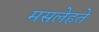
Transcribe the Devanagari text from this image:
मसलेहते